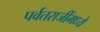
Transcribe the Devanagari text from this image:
पर्वतराजींमध्ये